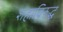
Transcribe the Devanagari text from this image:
शहाविरुद्ध